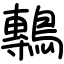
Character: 鷒